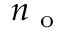
n _ { \mathrm { ~ o ~ } }